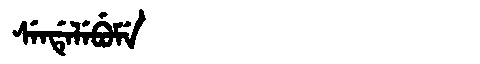
Manchu: ᠰᡝᠨᡩᡝᠯᡝᠪᡠᠮᡝ
Romanization: SENDELEBUME